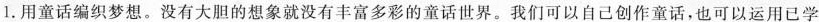
1.用童话编织梦想。没有大胆的想象就没有丰富多彩的童话世界。我们可以自己创作童话，也可以运用已学